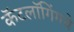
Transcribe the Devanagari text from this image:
कॅटलॉगिंगचे